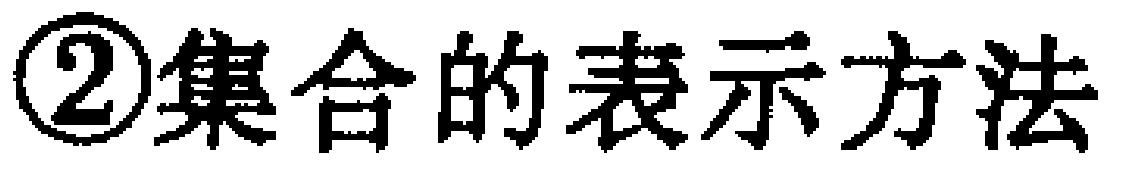
\textcircled{2}集合的表示方法